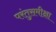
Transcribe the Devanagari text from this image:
परंतुसमीक्षा